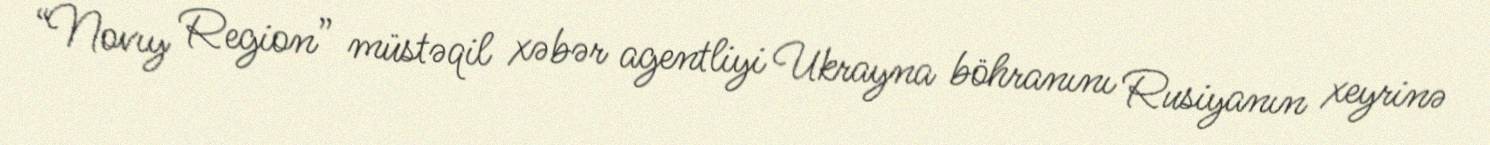
“Novıy Region” müstəqil xəbər agentliyi Ukrayna böhranını Rusiyanın xeyrinə